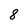
Character: 8